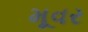
મૂવર